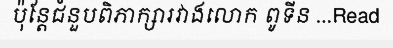
ប៉ុន្តែជំនួបពិភាក្សារវាងលោក ពូទីន ...Read